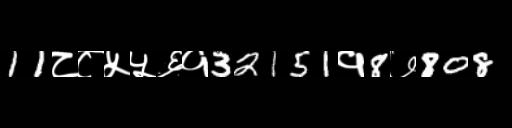
Text: 11८८५५६१32151१8७808